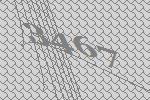
3467